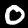
Digit: 0